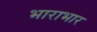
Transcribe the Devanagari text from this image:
भाराभार